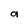
Character: g